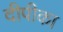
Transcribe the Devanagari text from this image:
दीपीका